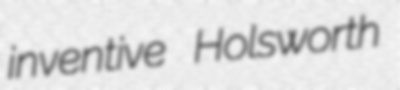
inventive Holsworth